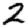
Digit: 2